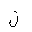
Letter: _lam